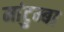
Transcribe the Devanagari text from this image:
मांटुम्बा